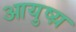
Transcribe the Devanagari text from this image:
आयुष्य़